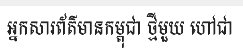
អ្នកសារព័ត៌មានកម្ពុជា ថ្មីមួយ ហៅជា